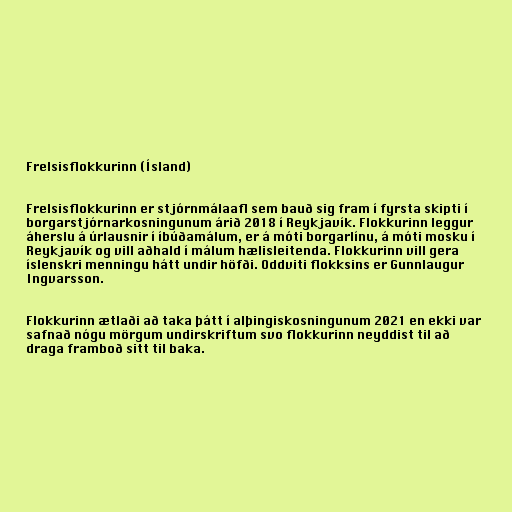
Frelsisflokkurinn (Ísland)

Frelsisflokkurinn er stjórnmálaafl sem bauð sig fram í fyrsta skipti í
borgarstjórnarkosningunum árið 2018 í Reykjavík. Flokkurinn leggur
áherslu á úrlausnir í íbúðamálum, er á móti borgarlínu, á móti mosku í
Reykjavík og vill aðhald í málum hælisleitenda. Flokkurinn vill gera
íslenskri menningu hátt undir höfði. Oddviti flokksins er Gunnlaugur
Ingvarsson.

Flokkurinn ætlaði að taka þátt í alþingiskosningunum 2021 en ekki var
safnað nógu mörgum undirskriftum svo flokkurinn neyddist til að
draga framboð sitt til baka.